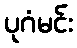
ပုဂံမင်း